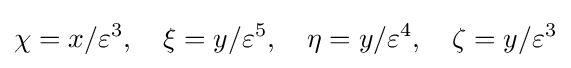
\chi =x/\varepsilon ^{3},\quad \xi =y/\varepsilon ^{5},\quad \eta =y/\varepsilon ^{4},\quad \zeta =y/\varepsilon ^{3}